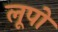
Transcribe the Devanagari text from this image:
लूपो